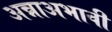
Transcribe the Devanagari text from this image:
अन्नाअभावी